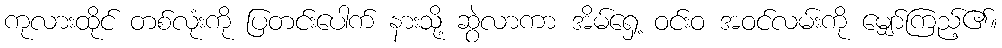
ကုလားထိုင် တစ်လုံးကို ပြတင်းပေါက် နားသို့ ဆွဲလာကာ အိမ်ရှေ့ ဝင်းဝ အဝင်လမ်းကို မျှော်ကြည့်၏။